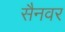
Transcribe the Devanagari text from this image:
सैनवर